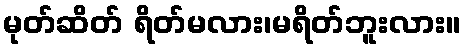
မုတ်ဆိတ် ရိတ်မလား၊မရိတ်ဘူးလား။